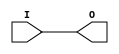
module IBUFG_SSTL18_II (O, I);

    output O;

    input  I;

	buf B1 (O, I);


endmodule